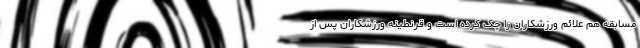
مسابقه هم علائم ورزشکاران را چک کرده است و قرنطینه ورزشکاران پس از